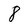
Character: 8